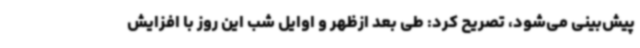
پیش‌بینی می‌شود، تصریح کرد: طی بعد ازظهر و اوایل شب این روز با افزایش